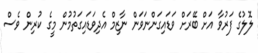
ލޮލުގެ ފަރުވާ އަށް ބޭރަށް ވަޑައިގަންނަވަން ނާޒިމް އެދިވަޑައިގަތުމުން މީގެ ކުރިން ވެސް